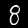
Digit: 8